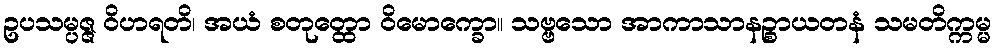
ဥပသမ္ပဇ္ဇ ဝိဟရတိ၊ အယံ စတုတ္ထော ဝိမောက္ခော။ သဗ္ဗသော အာကာသာနဉ္စာယတနံ သမတိက္ကမ္မ